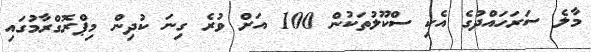
މާލެ ސަރަހައްދުގެ އެކި ސްކޫލުތަކުން 100 އަށް ވުރެ ގިނަ ކުދިން މިޕްރޮގްރާމުގައި